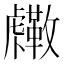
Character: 𧈓